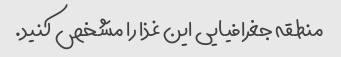
منطقه جغرافیایی این غذا را مشخص کنید.